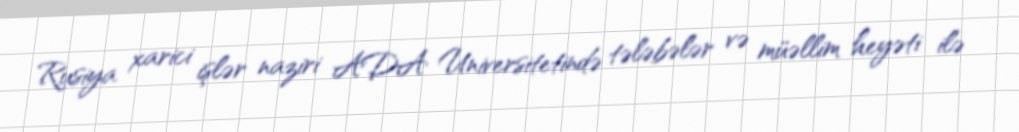
Rusiya xarici işlər naziri ADA Universitetində tələbələr və müəllim heyəti ilə